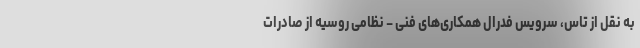
به نقل از تاس، سرویس فدرال همکاری‌های فنی – نظامی روسیه از صادرات